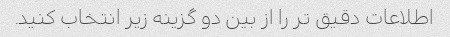
اطلاعات دقیق تر را از بین دو گزینه زیر انتخاب کنید.